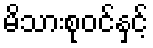
မိသားစုဝင်နှင့်